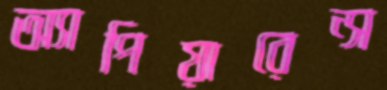
অ্যাপিয়ারেন্স